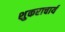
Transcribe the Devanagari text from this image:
शुकराचार्य